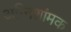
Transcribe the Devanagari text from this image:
अग्निशांमक